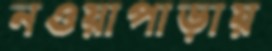
নওয়াপাড়ায়